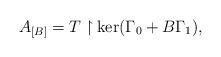
LaTeX: \begin{align*} A_{[B]}=T\upharpoonright \ker(\Gamma_0 + B \Gamma_1),\end{align*}